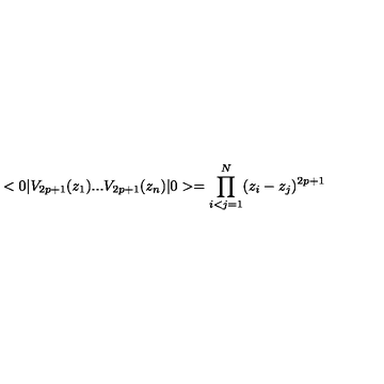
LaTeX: < 0 | V _ { 2 p + 1 } ( z _ { 1 } ) . . . V _ { 2 p + 1 } ( z _ { n } ) | 0 > = \prod _ { i < j = 1 } ^ { N } ( z _ { i } - z _ { j } ) ^ { 2 p + 1 }